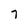
Character: 7